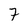
Character: 7